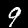
Label: 9